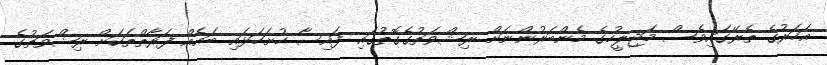
އަހަރުގެ ތެރޭގައިވެސް މަޖިލީހުގެ މެންބަރުންނަށް ރިޝްވަތުގެގޮތުގައި ފައިސާ ހުށަހަޅައި ބައެއް ފަރާތްތަކަށް ރިޝްވަތުގެ